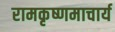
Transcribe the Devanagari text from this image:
रामकृष्णमाचार्य